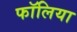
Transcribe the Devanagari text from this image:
फॉलिया